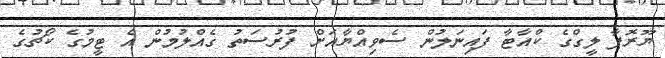
ޔޫރޮޕާ ލީގްގެ ކްއާޓާ ފައިނަލުން ސެވިއްޔާއަށް ފުރުސަތު ގެއްލުމުން އެ ޓީމުގެ ކޯޗުގެ